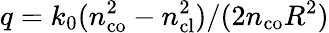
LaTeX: q=k_{0}(n_{\mathrm{co}}^{2}-n_{\mathrm{cl}}^{2})/(2n_{\mathrm{co}}R^{2})